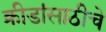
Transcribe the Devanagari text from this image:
क्रीडांसाठीचे